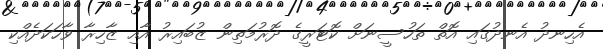
އެހިނދު އެނދުގައި އޮތް ތަހުސީނަށް ކޮޓަރީގެ ދޮރުމަތިން ޒުބައިރު އާއި ޒާހިރާ ވާހަކަދެއްކި